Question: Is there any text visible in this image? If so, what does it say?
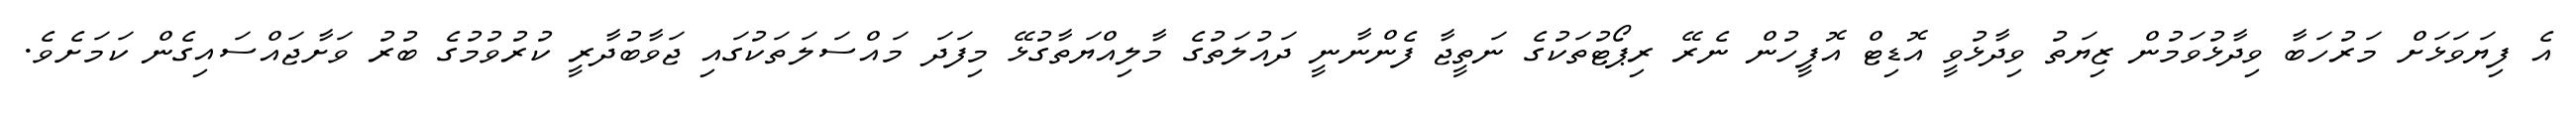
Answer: އެ ފިޔަވަޅަށް މަރުހަބާ ވިދާޅުވަމުން ޒިޔަތު ވިދާޅުވީ އޮޑިޓް އޮފީހުން ނެރޭ ރިޕޯޓުތަކުގެ ނަތީޖާ ފެންނާނީ ދައުލަތުގެ މާލިއްޔަތާގުޅޭ މިފަދަ މައްސަލަތަކުގައި ޖަވާބުދާރީ ކުރުވުމުގެ ބުރު ވަށާޖައްސައިގެން ކަމަށެވެ.